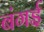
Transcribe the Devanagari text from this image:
बंगई